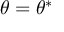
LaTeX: \theta = \theta ^ { * }